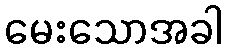
မေးသောအခါ